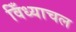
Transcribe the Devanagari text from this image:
विँध्याचल